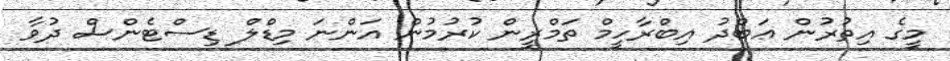
މީގެ އިތުރުން ޢަބްދު އިބްރާހީމް ތަމްރީން ކުރުމުން އަންނަ މިޑްލް ޑިސްޓެންސް ދުވާ